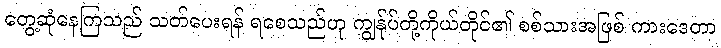
တွေ့ဆုံနေကြသည် သတ်ပေးရန် ရစေသည်ဟု ကျွန်ုပ်တို့ကိုယ်တိုင်၏ စစ်သားအဖြစ် ကားဒေတာ